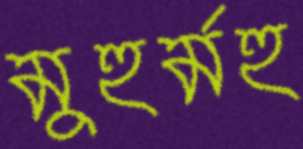
মুহুর্মহু